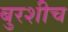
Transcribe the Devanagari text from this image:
बुरशीच